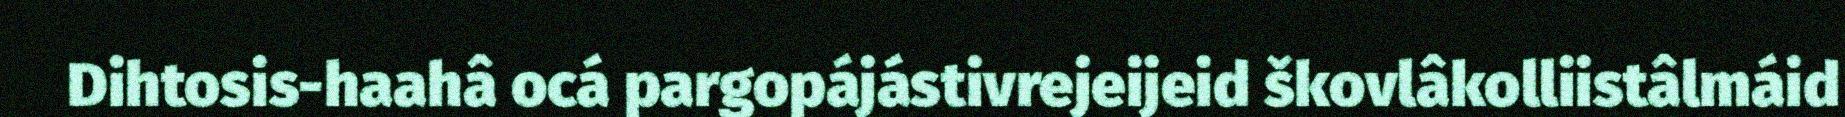
Dihtosis-haahâ ocá pargopájástivrejeijeid škovlâkolliistâlmáid